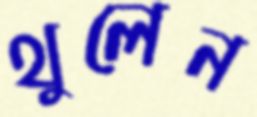
থুলেন